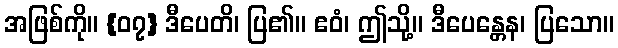
အဖြစ်ကို။ {၀၇} ဒီပေတိ၊ ပြ၏။ ဧဝံ၊ ဤသို့။ ဒီပေန္တေန၊ ပြသော။